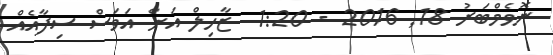
ނޮވެމްބަރު 18